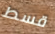
قسط